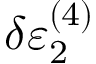
\delta \varepsilon _ { 2 } ^ { ( 4 ) }